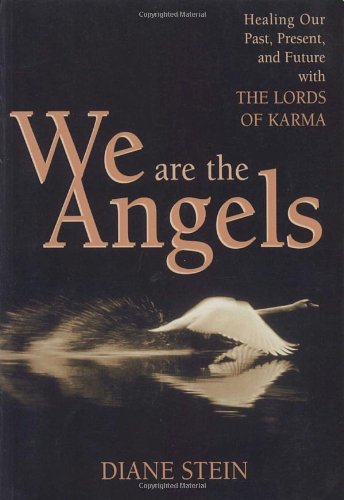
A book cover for We Are the Angels: Healing Your Past, Present, and Future with the Lords of Karma; Diane Stein; Religion & Spirituality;